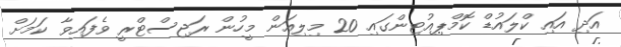
އަދި އައި ކްލައުޑް ކޮމްޕިއުޓިންގައި 20 މިލިއަން މީހުން ރަޖިސްޓްރީ ވެފައިވާ ކަމަށް